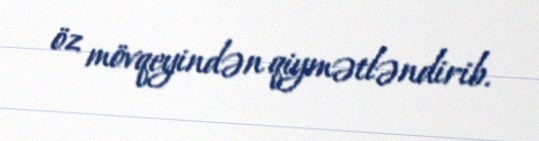
öz mövqeyindən qiymətləndirib.